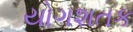
યોગશતક